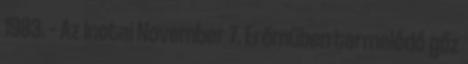
1983. – Az Inotai November 7. Erőműben termelődő gőz